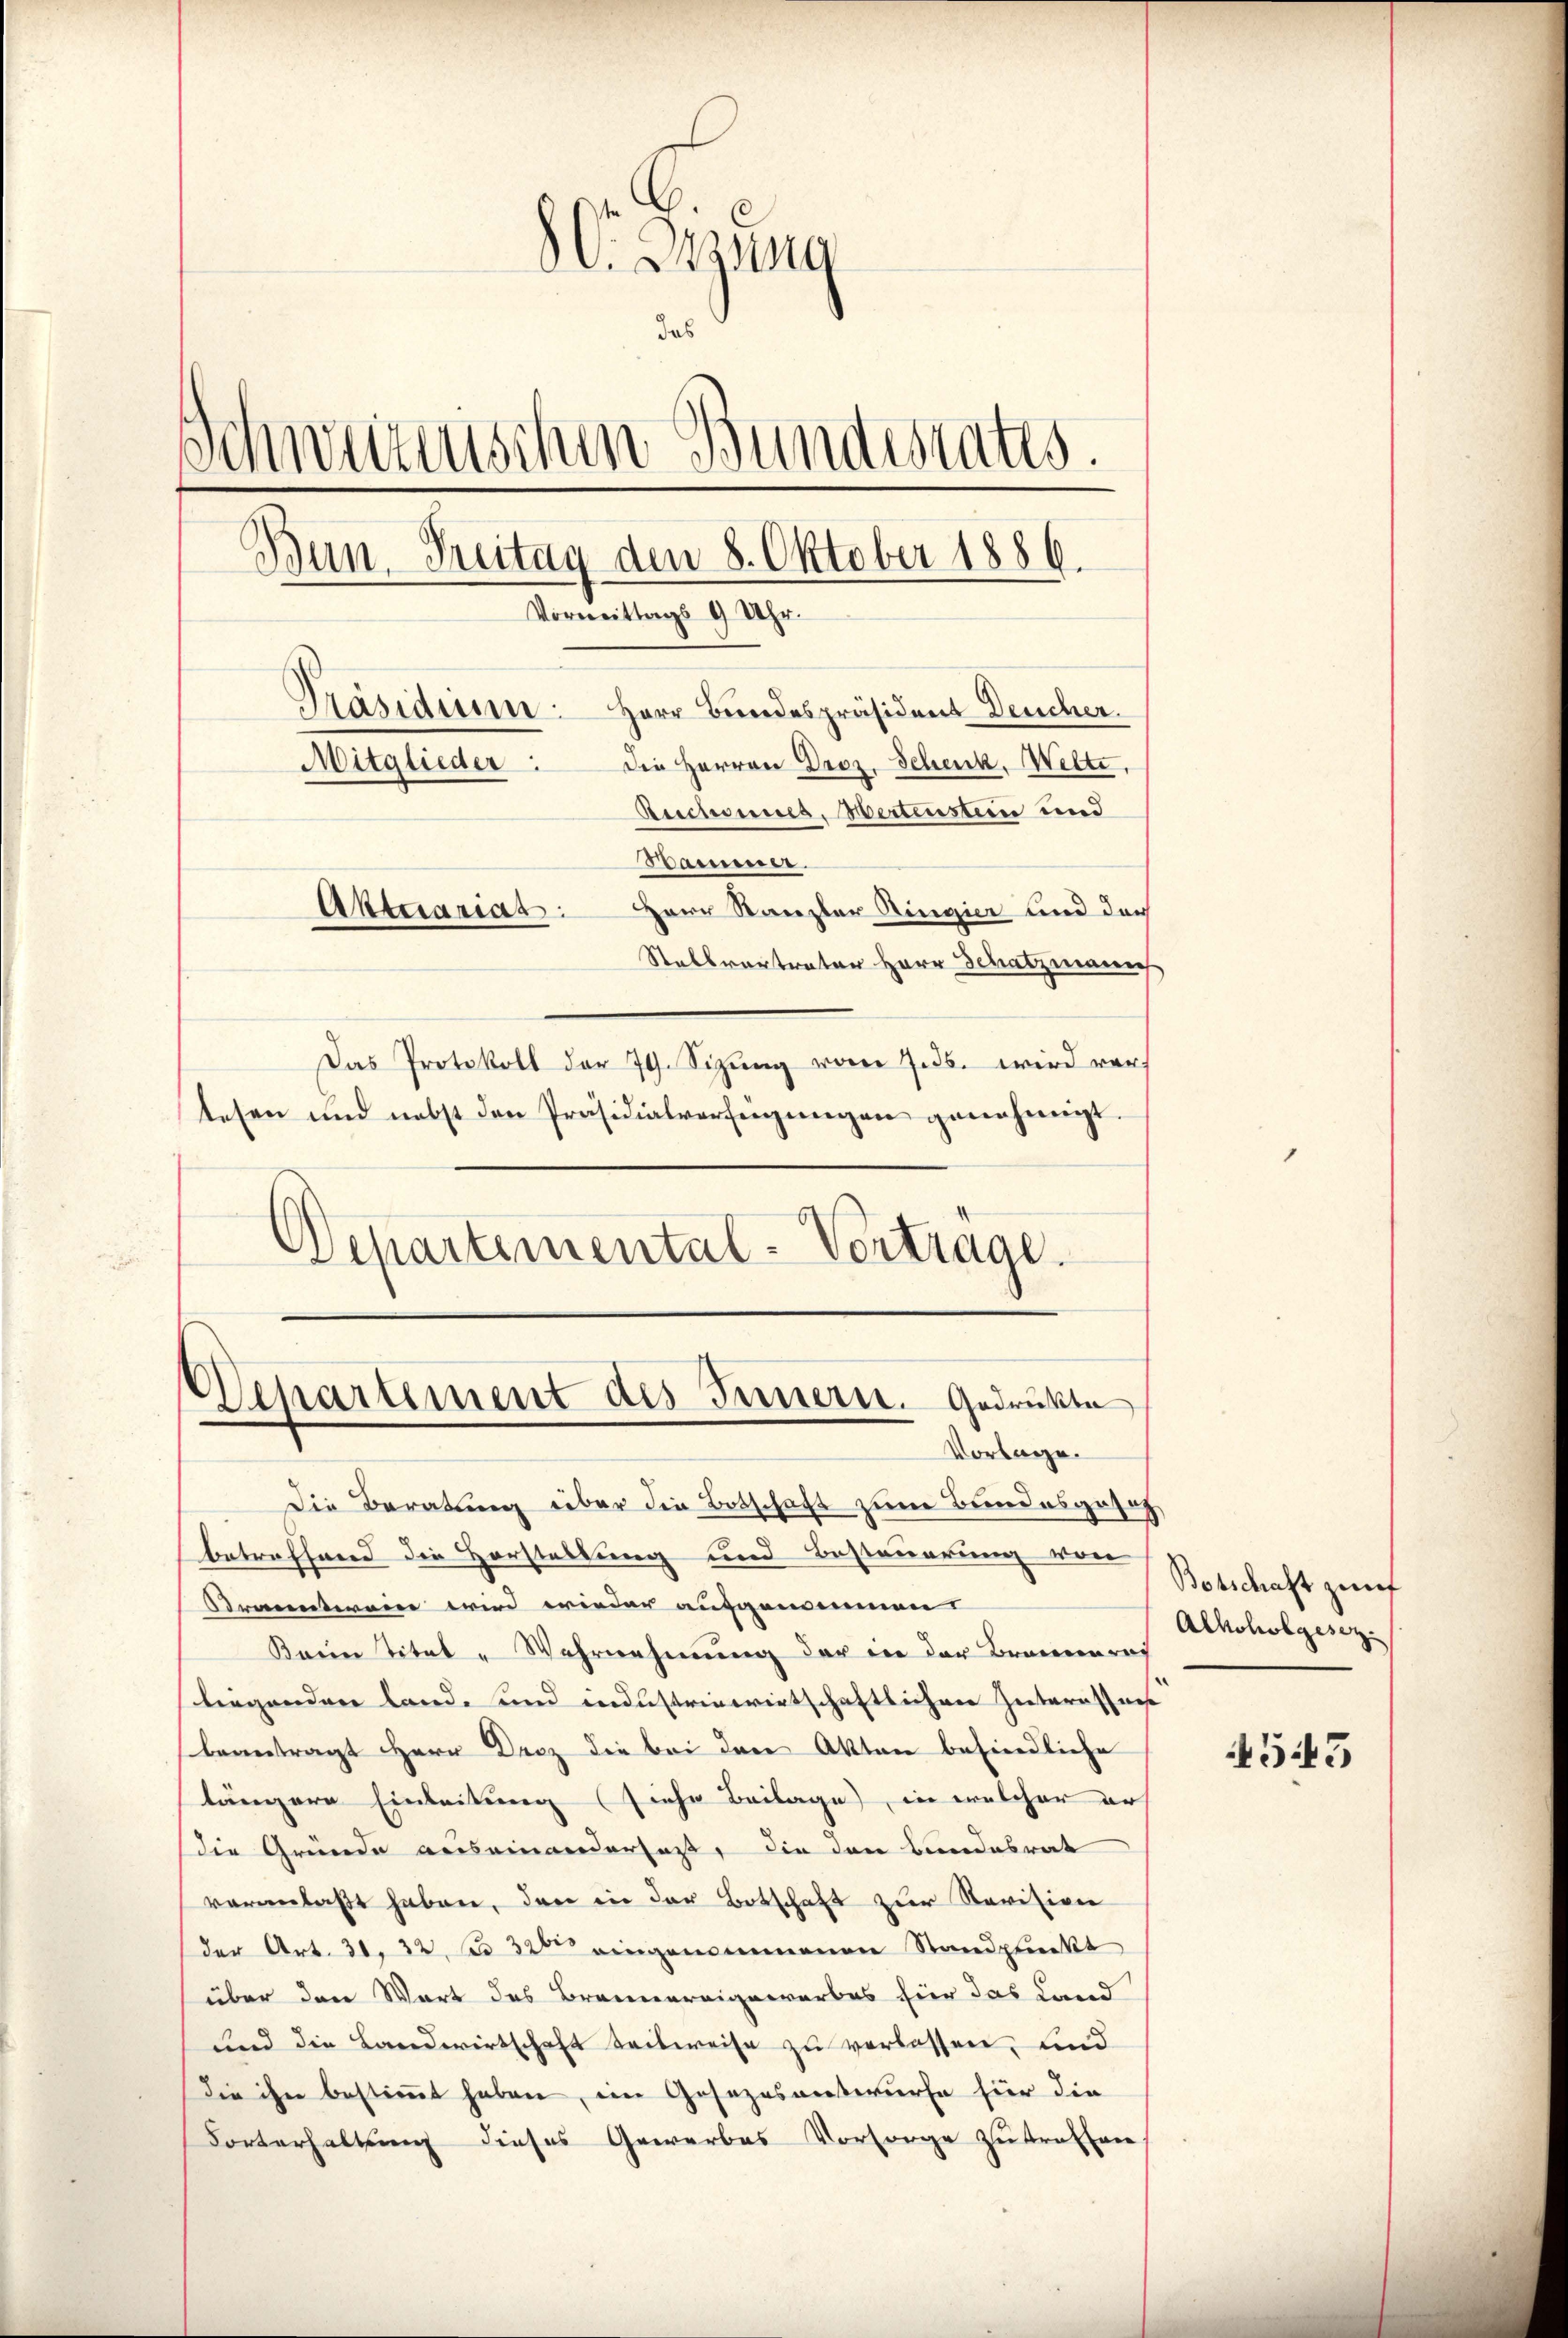
8C. Bezung
das
Schweizerischen Bundesrates.
Bun Freitag den 8. Oktober 1886.
Vormittags 9 Uhr.
)
Präsidium.
Herr Bundespräsident Deucher.
die Herren Droz. Schenk, Welte.
Mitglieder:
Reichsenes, Hertenstein und
Bammer.
Aktuariats: Herr Stanzler Ringier und der
Stellvertreter Herr Schatzmann
Das Protokoll der 79. Sizŭng vom 7. ds. wird ver
tesen und nebst den Präsidialverfügungen genehmigt.

Departemental-Vortrage.

Departement des Innern. Gedruckte
Vorlage.

Die Beratung über die Botschaft zum Bundesgeseg
betreffend die Horstellung und Besteuerung von
Oraentwein wird wieder ausgemeinnen
Baein Titel - Wahrnehmung der in der Braunerach
liegenden Land- und industriewirtschaftlichen Hinteroffens
beantragt Herr Droz die bei den Akten befindliche
längere Einleitung (siehe Beilage), in welcher er
die Gründe auseinanderfaßt, die den Bundesrat
veranlaßt haben, den in der Botschaft zur Revision
der Art. 31. 32, No 32 eingenommenen Standpunkt
über den Wort des Brennereigeworbes hier das Land
und die Landwirtschaft teilweise zu verlassen, und
die ihre bestimmt haben, ein Gesezesentwurfe für die
Forterhaltung dieses Gewerbes Vorsorge zu treffen,

Botschaft zunf
Alkoholgesez¬

453